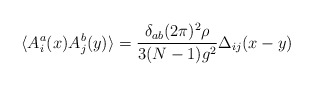
\begin{align*}\langle A^a_i(x)A^b_j(y) \rangle = \frac{\delta_{ab}(2\pi )^2\rho}{3(N-1)g^2}\Delta_{ij}(x-y)\end{align*}